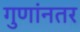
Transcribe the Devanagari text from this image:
गुणांनतर